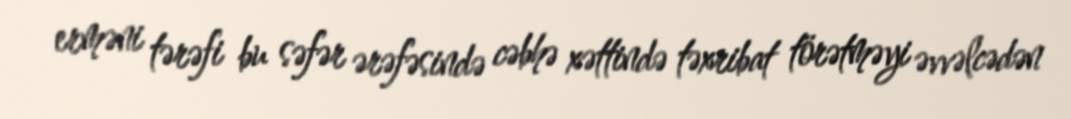
erməni tərəfi bu səfər ərəfəsində cəbhə xəttində təxribat törətməyi əvvəlcədən